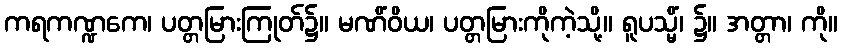
ကရကဏ္ဍကေ၊ ပတ္တမြားကြုတ်၌။ မဏိံဝိယ၊ ပတ္တမြားကိုကဲ့သို့။ ရူပသ္မိံ၊ ၌။ အတ္တာ၊ ကို။